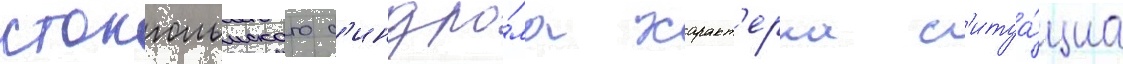
стокгольмского с'индро́ма характ'ерна с'итуа́циа